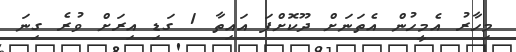
މިހާރު އެމީހުން އެތަނަށް ދޫކޮށްފަ އައިތާ 1 ގަޑި އިރަށް ވުރެ ގިނަ